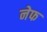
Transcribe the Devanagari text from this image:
नेफ